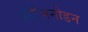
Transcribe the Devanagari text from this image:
प्रोटेमनोडन